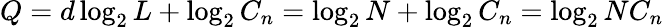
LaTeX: Q=d\log_{2}{L}+\log_{2}{C_{n}}=\log_{2}{N}+\log_{2}{C_{n}}=\log_{2}{NC_{n}}